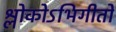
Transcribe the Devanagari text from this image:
श्लोकोऽभिगीतो